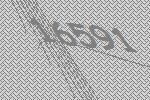
16591